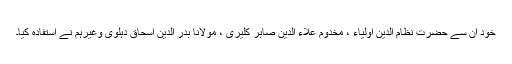
خود ان سے حضرت نظام الدین اولیاء ، مخدوم علاء الدین صابر کلیری ، مولانا بدر الدین اسحاق دہلوی وغیرہم نے استفادہ کیا۔